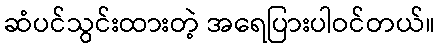
ဆံပင်သွင်းထားတဲ့ အရေပြားပါဝင်တယ်။